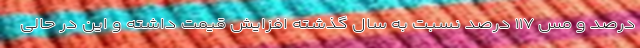
درصد و مس ۱۱۷ درصد نسبت به سال گذشته افزایش قیمت داشته و این در حالی